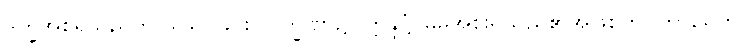
ဒုက္ခအစရှိသည်ကို သိမြင်ခြင်း လက္ခဏာ၌။ ဣန္ဒဋ္ဌံ၊ မိမိအစိုးရသည်၏အဖြစ်ကို။ ကာရေတိ၊